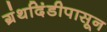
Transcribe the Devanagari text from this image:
ग्रंथदिंडीपासून